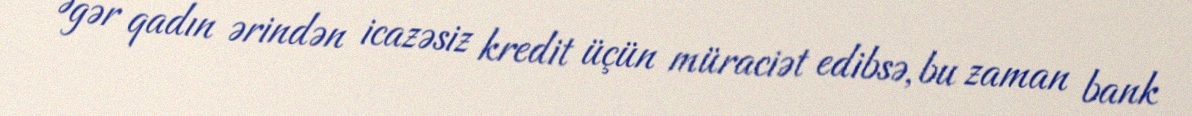
Əgər qadın ərindən icazəsiz kredit üçün müraciət edibsə, bu zaman bank